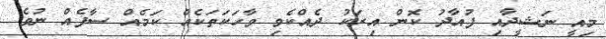
މިއީ ނަޝީދާއި ފުއާދު ކޮން އިރަކު ދެއްކެވި ވާހަކަތަކެއް ކަމެއް ސާފެއް ނުވެ